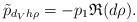
LaTeX: \begin{align*} \tilde{p}_{d_V h\rho} = - p_1\mathfrak{R}(d\rho) .\end{align*}